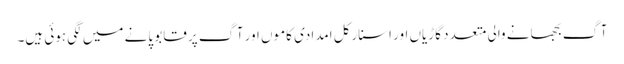
آگ بجھانے والی متعدد گاڑیاں اور اسنارکل امدادی کاموں اور آگ پر قابو پانے میں لگی ہوئی ہیں۔